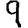
Digit: 9